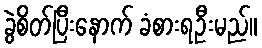
ခွဲစိတ်ပြီးနောက် ခံစားရဦးမည်။